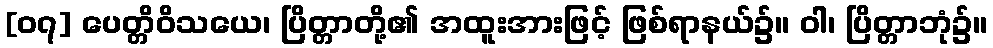
[၀၇] ပေတ္တိဝိသယေ၊ ပြိတ္တာတို့၏ အထူးအားဖြင့် ဖြစ်ရာနယ်၌။ ဝါ၊ ပြိတ္တာဘုံ၌။